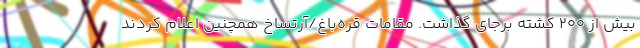
بیش از 200 کشته برجای گذاشت. مقامات قره‌باغ/آرتساخ همچنین اعلام کردند